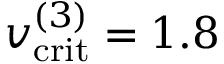
v _ { \mathrm { c r i t } } ^ { ( 3 ) } = 1 . 8